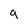
Character: g